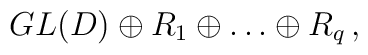
GL(D)\oplus R_1\oplus\dots \oplus R_q\, ,